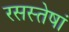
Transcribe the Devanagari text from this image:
रसस्तेषां